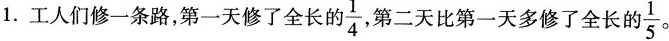
1.工人们修一条路，第一天修了全长的 $$\frac{1}{4}$$ 第二天比第一天多修了全长的 $$\frac{1}{5}$$ 。